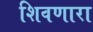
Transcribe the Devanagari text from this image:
शिवणारा